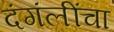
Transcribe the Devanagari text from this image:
दंगंलींचा